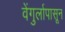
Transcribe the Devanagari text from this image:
वेंगुर्लापासून